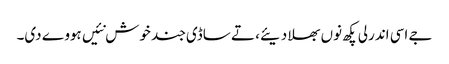
جے اسی اندرلی پکھ نوں بھلا دیئے، تے ساڈی جند خوش نئیں ہووے دی۔